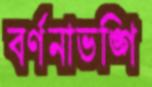
বর্ণনাভঙ্গি